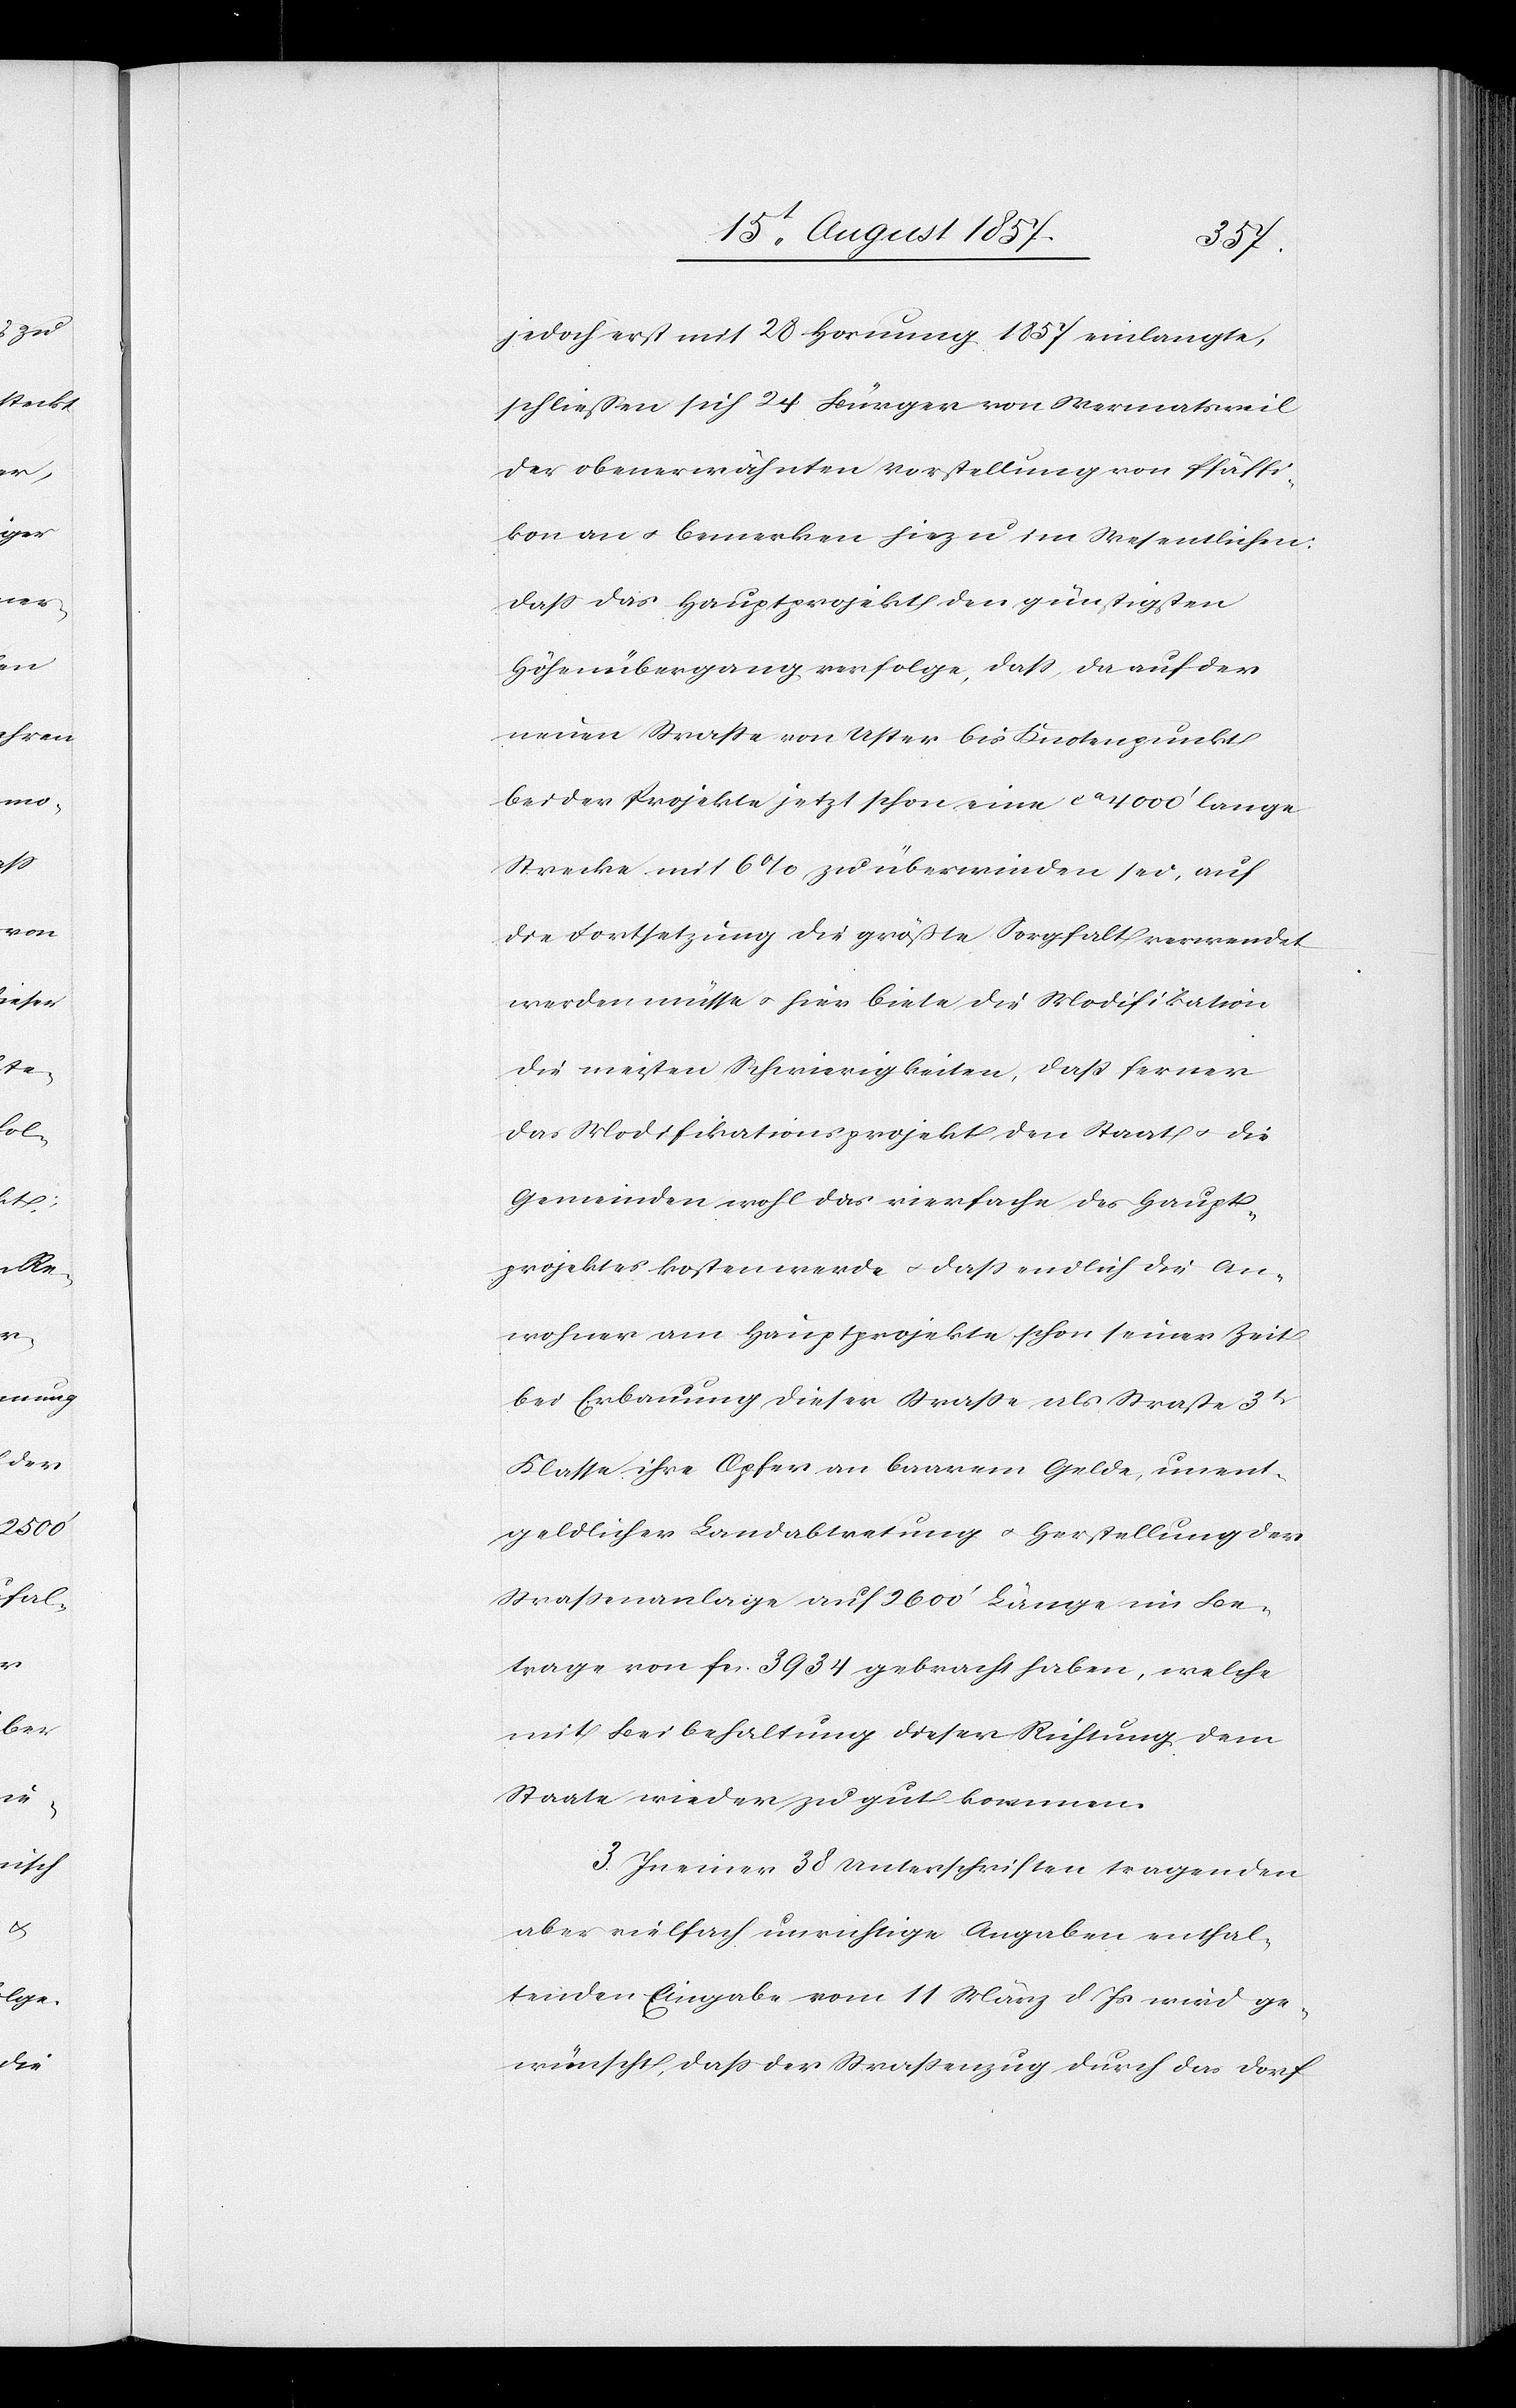
jedoch erst mit 28 Hornung 1857 einlangte,
schließen sich 24 Bürger von Wermatsweil
der obenerwähnten Vorstellung von Pfäffi¬
kon an & bemerken hiezu im Wesentlichen:
daß das Hauptprojekt den günstigsten
Höhenübergang verfolge, daß, da auf der
neuen Straße von Uster bis Knotenpunkt
beider Projekte jetzt schon eine ca 4000’ lange
Strecke mit 6% zu überwinden sei, auf
die Fortsetzung die größte Sorgfalt verwendet
werden müsse & hier biete die Modifikation
die meisten Schwierigkeiten, daß ferner
das Modifikationsprojekt den Staat & die
Gemeinden wohl das vierfache des Haupt¬
projektes kosten werde & daß endlich die An¬
wohner am Hauptprojekte schon seiner Zeit
bei Erbauung dieser Straße als Straße 3t
Klasse ihre Opfer an baarem Gelde, unent¬
geldlicher Landabtretung & Herstellung der
Straßenanlage auf 2600’ Länge im Be¬
trage von fcs 3934 gebracht haben, welche
mit Beibehaltung dieser Richtung dem
Staate wieder zu gut kommen.
3. In einer 38 Unterschriften tragenden
aber vielfach unrichtige Angaben enthal¬
tenden Eingabe vom 11 März d. Js. wird ge¬
wünscht, daß der Straßenzug durch das Dorf